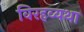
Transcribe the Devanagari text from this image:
विरहव्यथा